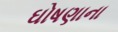
ઘોષણાના